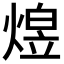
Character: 𬊸